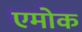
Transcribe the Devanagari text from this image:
एमोक